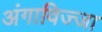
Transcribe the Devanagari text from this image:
अंगाविज्जा